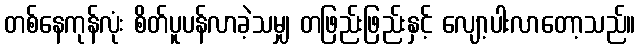
တစ်နေကုန်လုံး စိတ်ပူပန်လာခဲ့သမျှ တဖြည်းဖြည်းနှင့် လျော့ပါးလာတော့သည်။